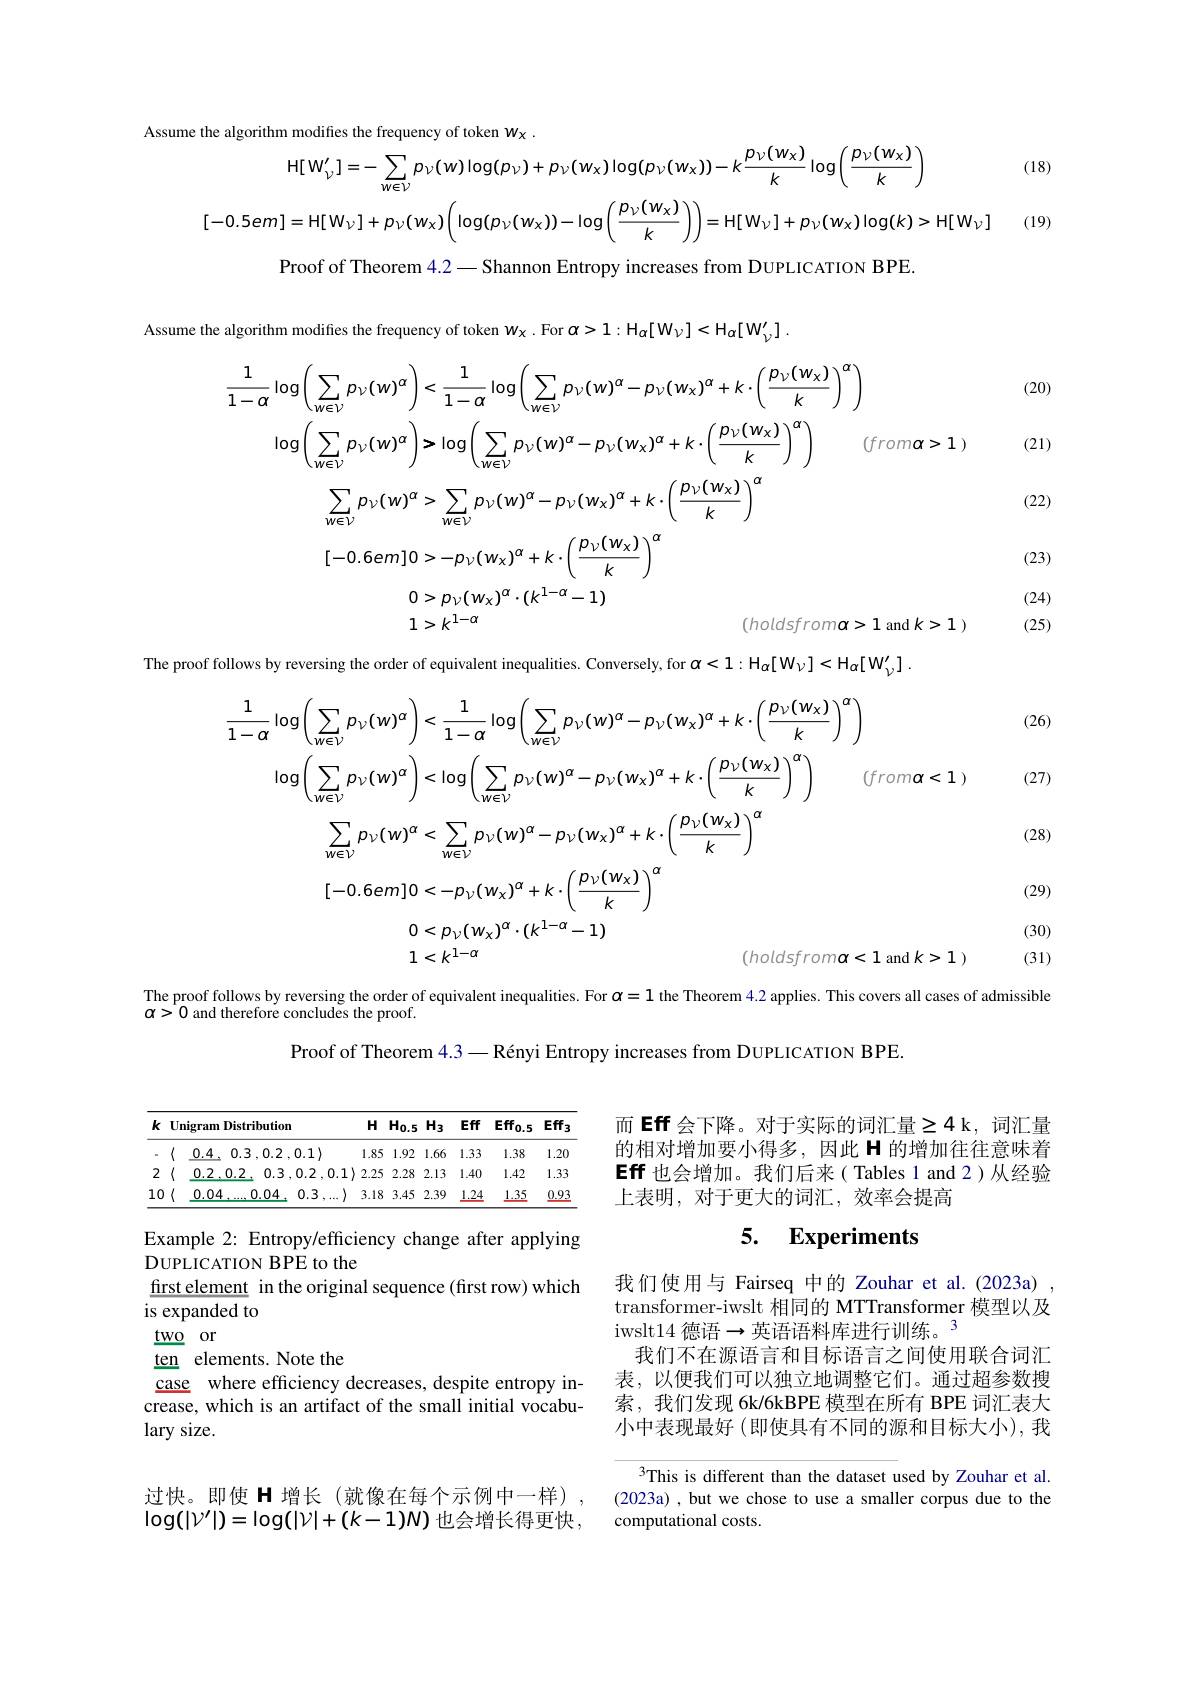
(18)
$$\mathrm{e~the~algorithm~moduthes~the~trequency~of~token~}W_{x}\:.\\\mathrm{H}[W_{\nu}^{\prime}]=-\sum_{w\in\nu}p_{\nu}(w)\log(p_{\nu})+p_{\nu}(w_{x})\log(p_{\nu}(w_{x}))-k\frac{p_{\nu}(w_{x})}{k}\log\left(\frac{p_{\nu}(w_{x})}{k}\right)\\[-0.5em]=\mathrm{H}[W_{\nu}]+p_{\nu}(w_{x})\left(\log(p_{\nu}(w_{x}))-\log\left(\frac{p_{\nu}(w_{x})}{k}\right)\right)=\mathrm{H}[W_{\nu}]+p_{\nu}(w_{x})\log(k)>\mathrm{H}[W_{\nu}$$
(19)

Proof of Theorem 4.2-Shannon Entropy increases from DUPLICATION BPE.

Assume the algorithm modifies the frequency of token $w_{\chi}$ .For $\alpha>1:\mathcal H_{\alpha}[W_{\nu}]<\mathcal{H}_{\alpha}[W_{\nu}^{\prime}]$

(20)

(21)
$$\begin{aligned}\frac{1}{1-\alpha}\log\left(\sum_{w\in\nu}p_{\nu}(w)^{\alpha}\right)&<\frac{1}{1-\alpha}\log\left(\sum_{w\in\nu}p_{\nu}(w)^{\alpha}-p_{\nu}(w_{x})^{\alpha}+k\cdot\left(\frac{p_{\nu}(w_{x})}{k}\right)^{\alpha}\right)\\\log\left(\sum_{w\in\nu}p_{\nu}(w)^{\alpha}\right)&>\log\left(\sum_{w\in\nu}p_{\nu}(w)^{\alpha}-p_{\nu}(w_{x})^{\alpha}+k\cdot\left(\frac{p_{\nu}(w_{x})}{k}\right)^{\alpha}\right)\quad(from\alpha>1)\\\sum_{w\in\nu}p_{\nu}(w)^{\alpha}&>\sum_{w\in\nu}p_{\nu}(w)^{\alpha}-p_{\nu}(w_{x})^{\alpha}+k\cdot\left(\frac{p_{\nu}(w_{x})}{k}\right)^{\alpha}\\[-0.6em]0&>-p_{\nu}(w_{x})^{\alpha}+k\cdot\left(\frac{p_{\nu}(w_{x})}{k}\right)^{\alpha}\\0&>p_{\nu}(w_{x})^{\alpha}\cdot(k^{1-\alpha}-1)&(holdsfrom\alpha>1\mathrm{~and~}k>1)\end{aligned}$$
(22)

(23)

(24) (25)

The proof follows by reversing the order of equivalent inequalities. Conversely, for $\alpha<1:\mathcal{H}_\alpha[W_\nu]<\mathcal{H}_\alpha[W_\nu^{\prime}].$

(26)

(27)
$$\begin{aligned}\frac{1}{1-\alpha}\log\left(\sum_{w\in V}p_{\nu}(w)^{\alpha}\right)<\frac{1}{1-\alpha}\log\left(\sum_{w\in V}p_{\nu}(w)^{\alpha}-p_{\nu}(w_{x})^{\alpha}+k\cdot\left(\frac{p_{\nu}(w_{x})}{k}\right)^{\alpha}\right)\\\log\left(\sum_{w\in V}p_{\nu}(w)^{\alpha}\right)<\log\left(\sum_{w\in V}p_{\nu}(w)^{\alpha}-p_{\nu}(w_{x})^{\alpha}+k\cdot\left(\frac{p_{\nu}(w_{x})}{k}\right)^{\alpha}\right)\quad(from\alpha<1)\\\sum_{w\in V}p_{\nu}(w)^{\alpha}<\sum_{w\in V}p_{\nu}(w)^{\alpha}-p_{\nu}(w_{x})^{\alpha}+k\cdot\left(\frac{p_{\nu}(w_{x})}{k}\right)^{\alpha}\\[-0.6em]0<-p_{\nu}(w_{x})^{\alpha}+k\cdot\left(\frac{p_{\nu}(w_{x})}{k}\right)^{\alpha}\\0<p_{\nu}(w_{\chi})^{\alpha}\cdot(k^{1-\alpha}-1)\\1<k^{1-\alpha}&(holdsfrom\alpha<1\mathrm{~and~}k>1)\end{aligned}$$
(28)

(29)

(30) (31)

The proof follows by reversing the order of equivalent inequalities. For $\alpha=1$ the Theorem 4.2 applies. This covers all cases of admissible
$\alpha>0$ and therefore concludes the proof.
Proof of Theorem 4.3— Rényi Entropy increases from DUPLICATION BPE.

<table>
	<tbody>
		<tr>
			<th>$k$</th>
			<th>Unigran</th>
			<th>ibution</th>
			<th>$H$</th>
			<th>$H_{0.5}$</th>
			<th>$H_3$</th>
			<th>Eff</th>
			<th>$Eff_{0.5}$</th>
			<th>$Eff3$</th>
		</tr>
		<tr>
			<td>a</td>
			<td>$\langle$ 0.4</td>
			<td>,0.2 $, 0. 1\rangle$</td>
			<td>1.85</td>
			<td>1.92</td>
			<td>1.66</td>
			<td>1.33</td>
			<td>1.38</td>
			<td>1.20</td>
		</tr>
		<tr>
			<td>2</td>
			<td>0.2 $\langle$</td>
			<td>0.3 ,0.2 ,0.1</td>
			<td>2.25 </td>
			<td>2.28</td>
			<td>2.13</td>
			<td>1.40</td>
			<td>1.42</td>
			<td>1.33</td>
		</tr>
		<tr>
			<td>0 1 1</td>
			<td>0.0</td>
			<td>0.3 0.04</td>
			<td>3.18</td>
			<td>3.45</td>
			<td>2.39</td>
			<td>1.24</td>
			<td>1.35</td>
			<td>0.93</td>
		</tr>
	</tbody>
</table>

而 Eff 会下降。对于实际的词汇量$\geq4$ k, 词汇量的相对增加要小得多，因此 H 的增加往往意味着Eff 也会增加。我们后来( Tables 1 and 2)从经验上表明，对于更大的词汇，效率会提高

## 5. $\textbf{Experiments}$

Example 2: Entropy/efficiency change after applying
DUPLICATION BPE to the
first element in the original sequence (first row) which
is expanded to
$\underline {two}$ or

ten elements.Note the
case where efficiency decreases, despite entropy increase, which is an artifact of the small initial vocabulary size.

我们使用与 Fairseq 中的 Zouhar et al.(2023a) transformer-iwslt 相同的 MTTransformer 模型以及iwslt14 德语$\to$英语语料库进行训练。3
我们不在源语言和目标语言之间使用联合词汇表，以便我们可以独立地调整它们。通过超参数搜索，我们发现 6k/6kBPE 模型在所有 BPE 词汇表大小中表现最好 (即使具有不同的源和目标大小), 我

3This is different than the dataset used by Zouhar et al. (2023a) , but we chose to use a smaller corpus due to the computational costs.

过快。即使 H 增长(就像在每个示例中一样) $\log(|V^{\prime}|)=\log(|V|+(k-1)N)$ 也会增长得更快，